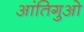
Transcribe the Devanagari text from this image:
आंतिगुओ